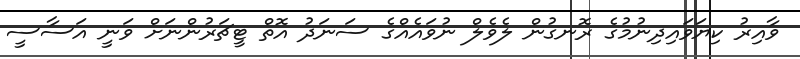
ވާއިރު ކިޔަވައިދިނުމުގެ ރޮނގުން ލެވެލް ނުވައެއްގެ ސަނަދު އޮތް ޓީޗަރުންނަށް ވަނީ އަސާސީ